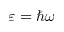
\varepsilon = \hbar \omega